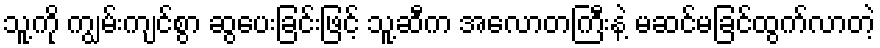
သူ့ကို ကျွမ်းကျင်စွာ ဆွပေးခြင်းဖြင့် သူ့ဆီက အလောတကြီးနဲ့ မဆင်မခြင်ထွက်လာတဲ့